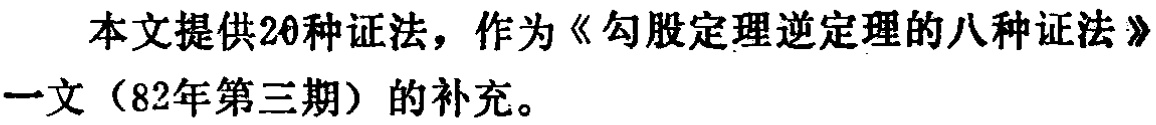
本文提供20种证法，作为《勾股定理逆定理的八种证法》一文（82年第三期）的补充。